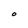
Character: O